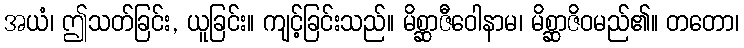
အယံ၊ ဤသတ်ခြင်း, ယူခြင်း။ ကျင့်ခြင်းသည်။ မိစ္ဆာဇီဝေါနာမ၊ မိစ္ဆာဇိဝမည်၏။ တတော၊